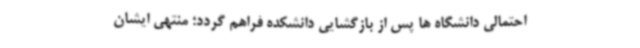
احتمالی دانشگاه ها پس از بازگشایی دانشکده فراهم گردد؛ منتهی ایشان